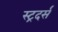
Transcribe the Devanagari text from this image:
स्ट्रदर्स